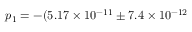
p _ { 1 } = - ( 5 . 1 7 \times 1 0 ^ { - 1 1 } \pm 7 . 4 \times 1 0 ^ { - 1 2 }